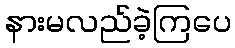
နားမလည်ခဲ့ကြပေ